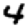
Digit: 4